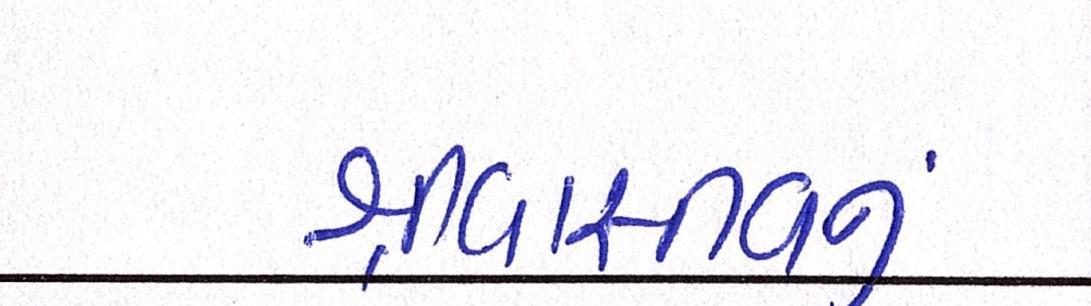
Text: શ્રીવાસ્તવનું